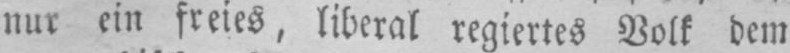
nur ein freies, liberal regiertes Volk dem